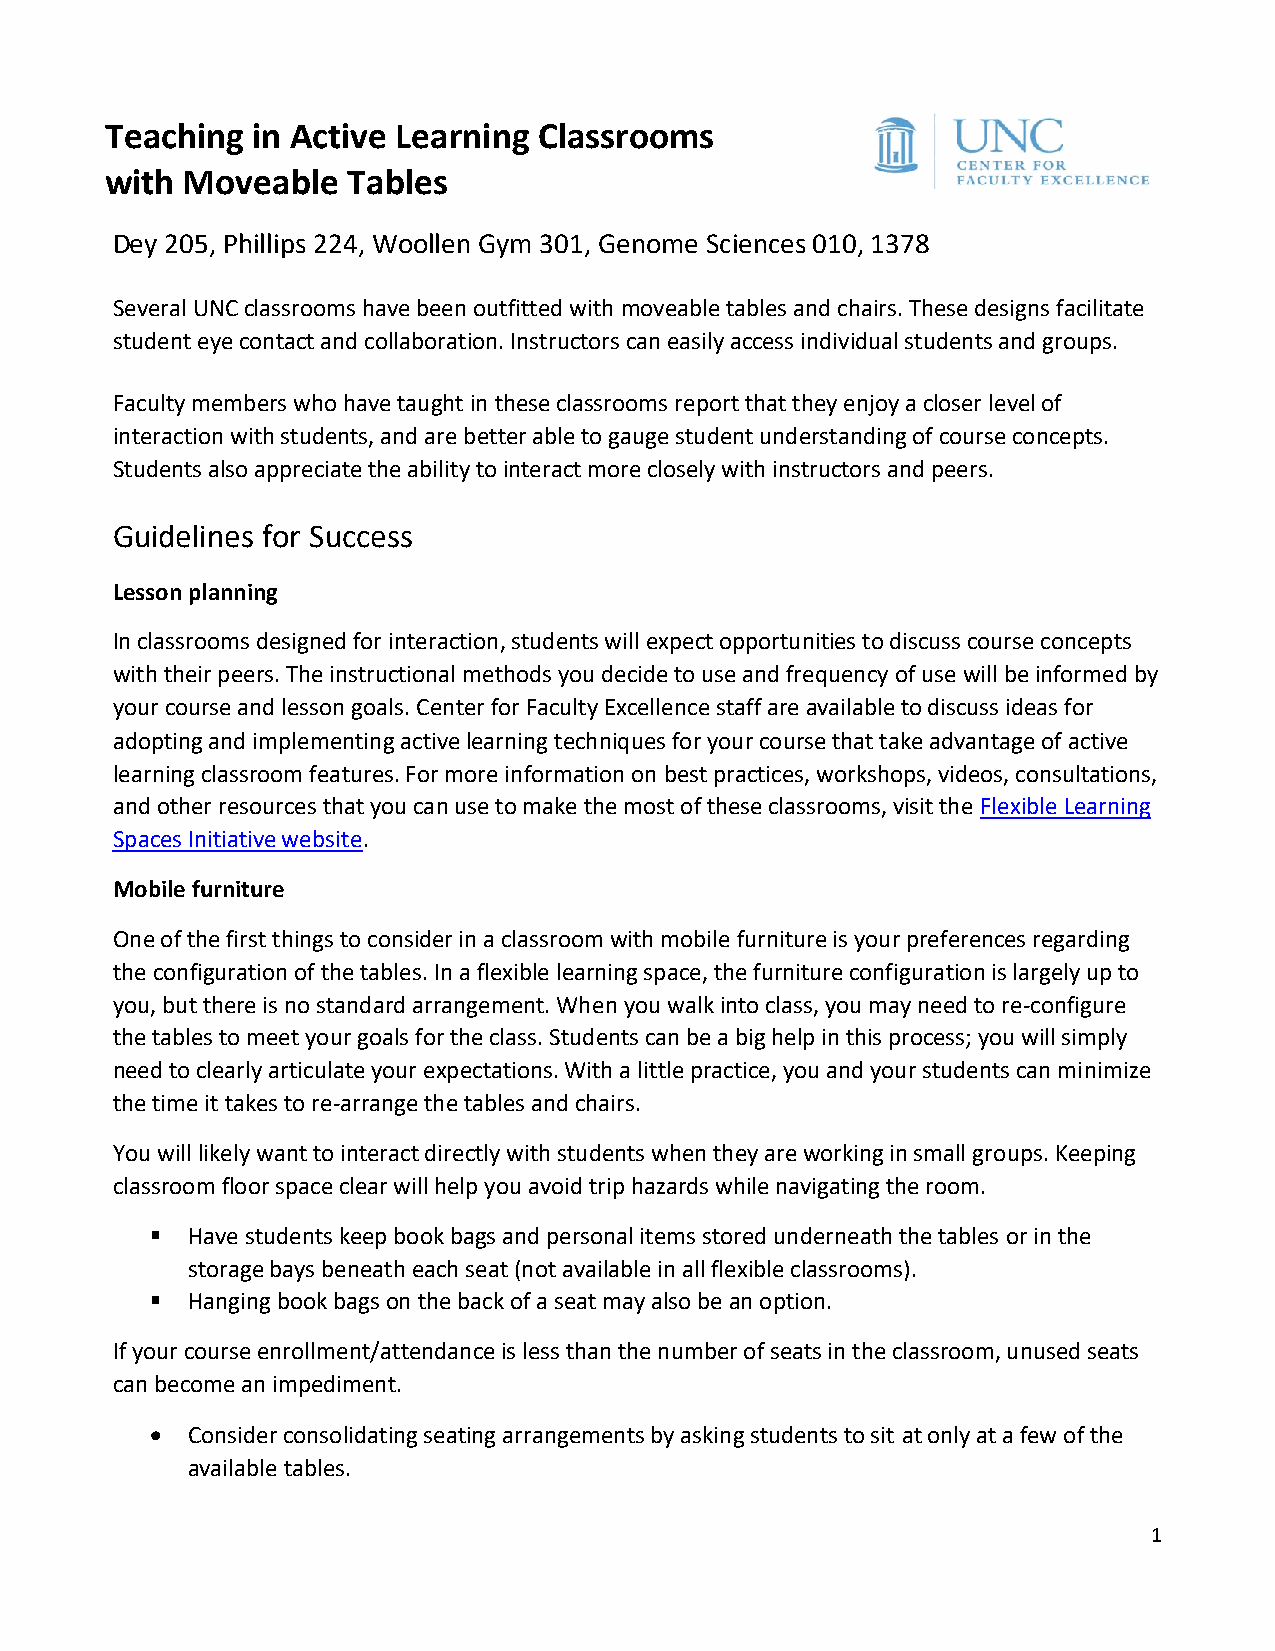
Teaching  in Active Learning Classrooms
 with Moveable   Tables
 Dey 205, Phillips 224, Woollen Gym 301, Genome Sciences 010, 1378
 Several UNC classrooms have been outfitted with moveable tables and chairs. These designs facilitate
 student eye contact and collaboration. Instructors can easily access individual students and groups.
 Faculty members who have taught in these classrooms report that they enjoy a closer level of
 interaction with students, and are better able to gauge student understanding of course concepts.
 Students also appreciate the ability to interact more closely with instructors and peers.
 Guidelines for Success
 Lesson planning
 In classrooms designed for interaction, students will expect opportunities to discuss course concepts
 with their peers. The instructional methods you decide to use and frequency of use will be informed by
 your course and lesson goals. Center for Faculty Excellence staff are available to discuss ideas for
 adopting and implementing active learning techniques for your course that take advantage of active
 learning classroom features. For more information on best practices, workshops, videos, consultations,
 and other resources that you can use to make the most of these classrooms, visit the Flexible Learning
 Spaces Initiative website.
 Mobile furniture
 One of the first things to consider in a classroom with mobile furniture is your preferences regarding
 the configuration of the tables. In a flexible learning space, the furniture configuration is largely up to
 you, but there is no standard arrangement. When you walk into class, you may need to re-configure
 the tables to meet your goals for the class. Students can be a big help in this process; you will simply
 need to clearly articulate your expectations. With a little practice, you and your students can minimize
 the time it takes to re-arrange the tables and chairs.
 You will likely want to interact directly with students when they are working in small groups. Keeping
 classroom floor space clear will help you avoid trip hazards while navigating the room.
 ▪ Have students keep book bags and personal items stored underneath the tables or in the
 storage bays beneath each seat (not available in all flexible classrooms).
 ▪ Hanging book bags on the back of a seat may also be an option.
 If your course enrollment/attendance is less than the number of seats in the classroom, unused seats
 can become an impediment.
 • Consider consolidating seating arrangements by asking students to sit at only at a few of the
 available tables.
 1